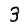
Digit: 3